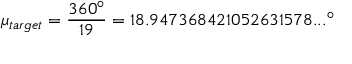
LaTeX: \mu _ { t a r g e t } = { \frac { 3 6 0 ^ { \circ } } { 1 9 } } = 1 8 . 9 4 7 3 6 8 4 2 1 0 5 2 6 3 1 5 7 8 . . . ^ { \circ }